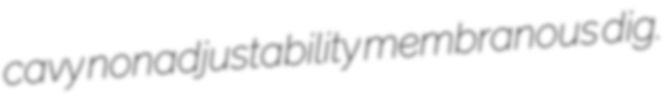
cavy nonadjustability membranous dig.